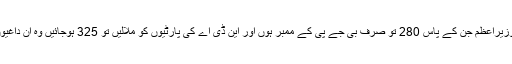
ہم نہیں سمجھتے کہ اتنے مضبوط وزیراعظم جن کے پاس 280 تو صرف بی جے پی کے ممبر ہوں اور این ڈی اے کی پارٹیوں کو ملالیں تو 325 ہوجائیں وہ ان داغیوں پر ہاتھ ڈالنے سے کیوں ڈر گئے۔